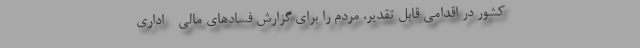
کشور در اقدامی قابل تقدیر، مردم را برای گزارش فسادهای مالی - اداری